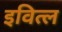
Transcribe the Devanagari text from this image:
इवित्ल